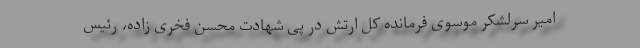
امیر سرلشکر موسوی فرمانده کل ارتش در پی شهادت محسن فخری زاده، رئیس